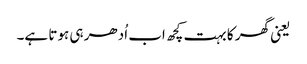
یعنی گھر کا بہت کچھ اب اُدھر ہی ہوتا ہے۔